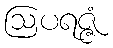
ဩပရဇ္ဇံ